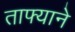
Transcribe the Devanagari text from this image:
ताफ्याने